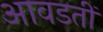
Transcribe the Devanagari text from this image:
आवडतीं